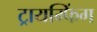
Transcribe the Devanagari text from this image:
ट्रायम्फिंग